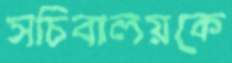
সচিবালয়কে